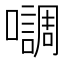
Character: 𭌄